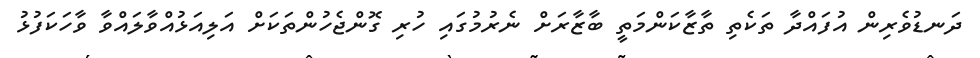
ދަނޑުވެރިން އުފައްދާ ތަކެތި ތާޒާކަންމަތީ ބާޒާރަށް ނެރުމުގައި ހުރި ގޮންޖެހުންތަކަށް އަލިއަޅުއްވާލައްވާ ވާހަކަފުޅު